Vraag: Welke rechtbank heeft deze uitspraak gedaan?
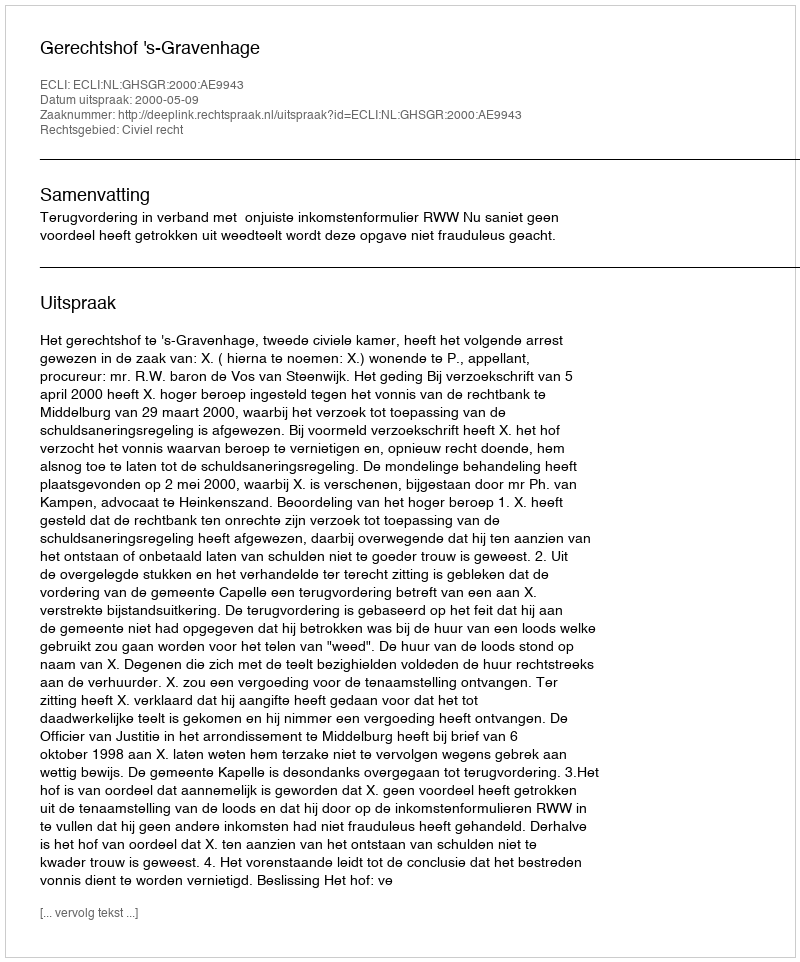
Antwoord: Gerechtshof 's-Gravenhage